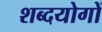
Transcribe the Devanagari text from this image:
शब्दयोगों